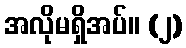
အလိုမရှိအပ်။ (၂)